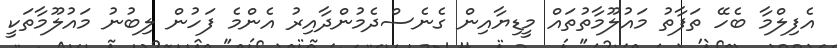
އެފިލްމާ ބެހޭ ތަފާތު މައުލޫމާތުތައް މީޑިޔާއިން ގެނެސްދެމުންދާއިރު އެންމެ ފަހުން ލިބުނު މައުލޫމާތަކީ